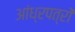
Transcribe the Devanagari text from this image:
आंध्रपत्रों